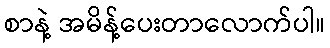
စာနဲ့ အမိန့်ပေးတာလောက်ပါ။